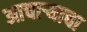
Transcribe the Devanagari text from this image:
आचार्‍याचा